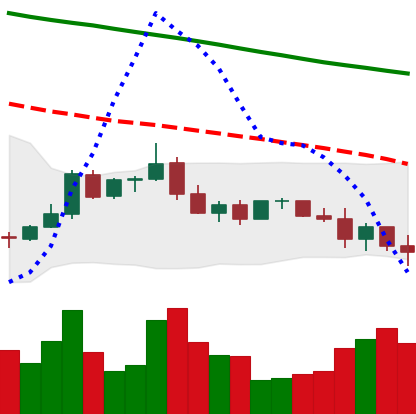
Ticker: ADA-USD
Chart end date: 2022-01-08
Forward return: 3.844%
Label: up_3_5